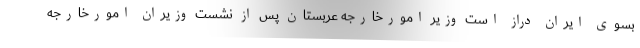
بسوی ایران دراز است وزیر امورخارجه عربستان پس از نشست وزیران امورخارجه